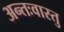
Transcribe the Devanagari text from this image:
अन्तःवास्तु